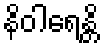
နိဝါရေန္တိ